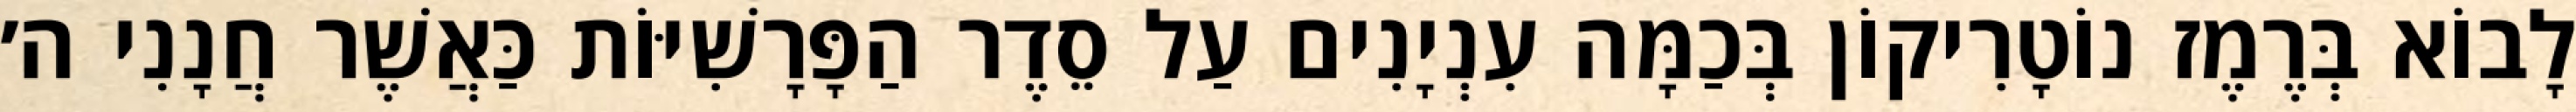
לָבוֹא בְּרֶמֶז נוֹטָרִיקוֹן בְּכַמָּה עִנְיָנִים עַל סֵדֶר הַפָּרָשִׁיּוֹת כַּאֲשֶׁר חֲנָנִי ה׳